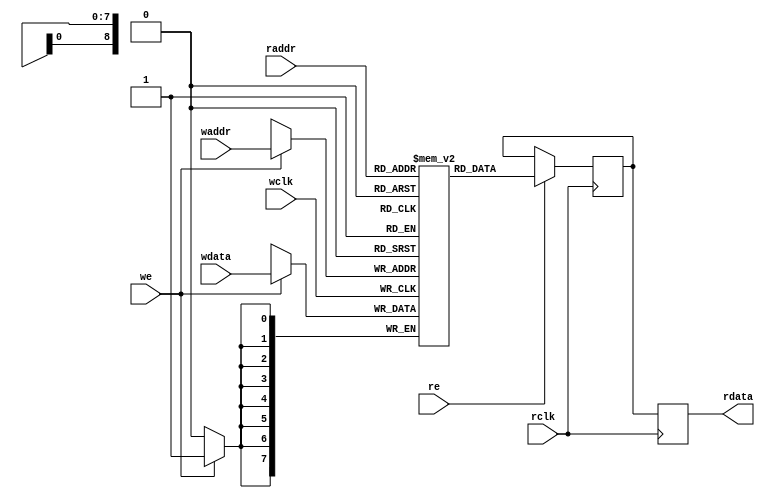
/////////////////////////////////////////////////////////////////////////////
//
// Copyright (C) 2013-2018 Efinix Inc. All rights reserved.
//
// Single RAM block
//
// *******************************
// Revisions:
// 0.0 Initial rev
// 0.1 Added output register
// 1.0 Finalized RTL macro
// *******************************

module simple_dual_port_ram
#(
	parameter DATA_WIDTH	= 8,
	parameter ADDR_WIDTH	= 9,
	parameter OUTPUT_REG	= "TRUE",
	parameter RAM_INIT_FILE	= "",
	parameter RAM_INIT_RADIX= "HEX"
)
(
	input [(DATA_WIDTH-1):0] wdata,
	input [(ADDR_WIDTH-1):0] waddr, raddr,
	input we, wclk, re, rclk,
	output [(DATA_WIDTH-1):0] rdata
);

	localparam MEMORY_DEPTH = 2**ADDR_WIDTH;
	localparam MAX_DATA = (1<<ADDR_WIDTH)-1;
	
	reg [DATA_WIDTH-1:0] ram[MEMORY_DEPTH-1:0];
	reg [DATA_WIDTH-1:0] r_rdata_1P;
	reg [DATA_WIDTH-1:0] r_rdata_2P;

	initial
	begin
	// By default the Efinix memory will initialize to 0
		if (RAM_INIT_FILE != "")
		begin
			if (RAM_INIT_RADIX == "BIN")
				$readmemb(RAM_INIT_FILE, ram);
			else
				$readmemh(RAM_INIT_FILE, ram);
		end
	end
	
	always @ (posedge wclk)
		if (we)
		ram[waddr] <= wdata;
	
	always @ (posedge rclk)
	begin
		if (re)
			r_rdata_1P <= ram[raddr];
		r_rdata_2P <= r_rdata_1P;
	end
	
	generate
		if (OUTPUT_REG == "TRUE")
			assign	rdata = r_rdata_2P;
		else
			assign	rdata = r_rdata_1P;
	endgenerate

endmodule